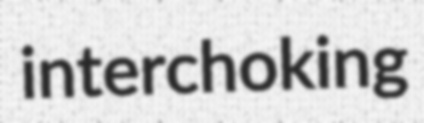
interchoking